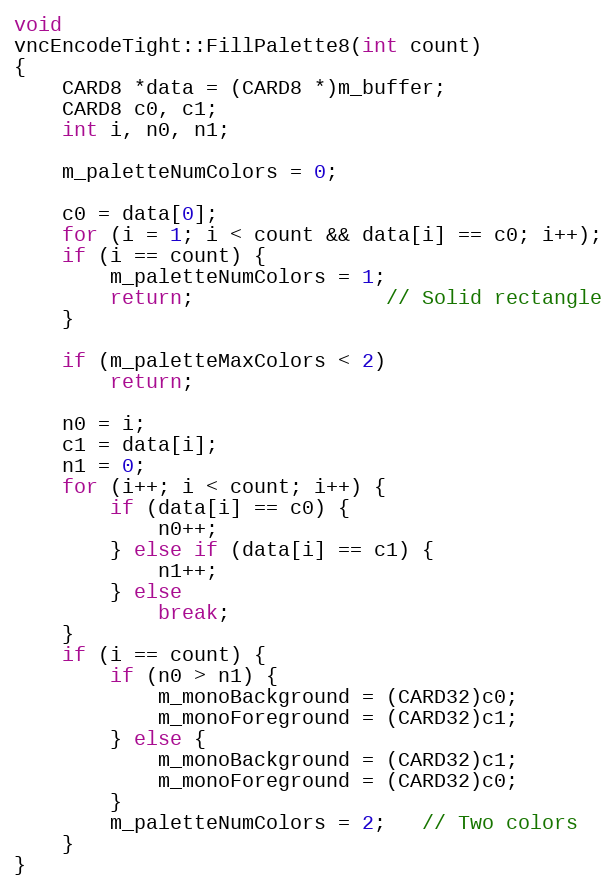
Language: C++
void
vncEncodeTight::FillPalette8(int count)
{
	CARD8 *data = (CARD8 *)m_buffer;
	CARD8 c0, c1;
	int i, n0, n1;

	m_paletteNumColors = 0;

	c0 = data[0];
	for (i = 1; i < count && data[i] == c0; i++);
	if (i == count) {
		m_paletteNumColors = 1;
		return; 				// Solid rectangle
	}

	if (m_paletteMaxColors < 2)
		return;

	n0 = i;
	c1 = data[i];
	n1 = 0;
	for (i++; i < count; i++) {
		if (data[i] == c0) {
			n0++;
		} else if (data[i] == c1) {
			n1++;
		} else
			break;
	}
	if (i == count) {
		if (n0 > n1) {
			m_monoBackground = (CARD32)c0;
			m_monoForeground = (CARD32)c1;
		} else {
			m_monoBackground = (CARD32)c1;
			m_monoForeground = (CARD32)c0;
		}
		m_paletteNumColors = 2;   // Two colors
	}
}